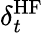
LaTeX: \delta_{t}^{\mathrm{HF}}